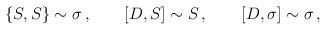
\begin{align*}\{S,S\}\sim \sigma\,, \qquad [D,S]\sim S\,, \qquad [D,\sigma] \sim \sigma\,,\end{align*}